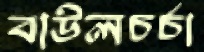
বাউলচর্চা